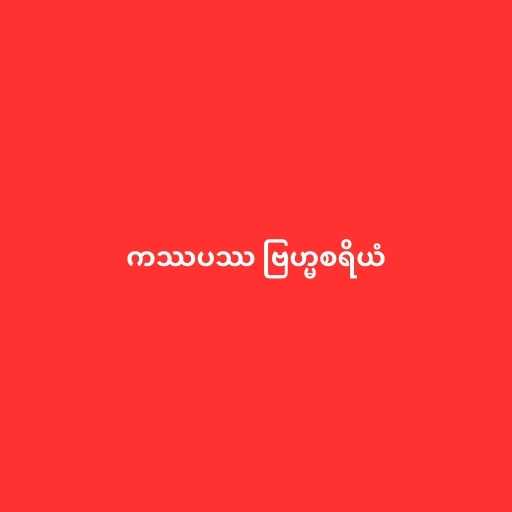
ကဿပဿ ဗြဟ္မစရိယံ